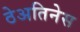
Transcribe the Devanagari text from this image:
ठेअतिनेस